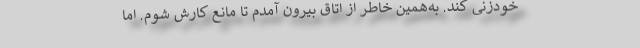
خودزنی کند. به‌همین خاطر از اتاق بیرون آمدم تا مانع کارش شوم. اما